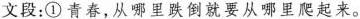
文段：①青春，从哪里跌倒就要从哪里爬起来。